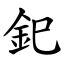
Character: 釲